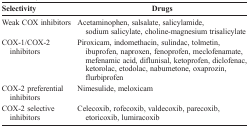
<table><thead><tr><td><b>Selectivity</b></td><td><b>Drugs</b></td></tr></thead><tbody><tr><td>Weak COX inhibitors</td><td>Acetaminophen, salsalate, salicylamide, sodium salicylate, choline-magnesiumtrisalicylate</td></tr><tr><td>COX-1/COX-2 inhibitors</td><td>Piroxicam, indomethacin, sulindac, tolmetin, ibuprofen, naproxen,fenoprofen, meclofenamate, mefenamic acid, diflunisal, ketoprofen,diclofenac, ketorolac, etodolac, nabumetone, oxaprozin, flurbiprofen</td></tr><tr><td>COX-2 preferential inhibitors</td><td>Nimesulide, meloxicam</td></tr><tr><td>COX-2 selective inhibitors</td><td>Celecoxib, rofecoxib, valdecoxib, parecoxib, etoricoxib, lumiracoxib</td></tr></tbody></table>